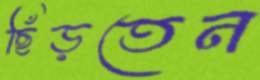
ছিঁড়তেন